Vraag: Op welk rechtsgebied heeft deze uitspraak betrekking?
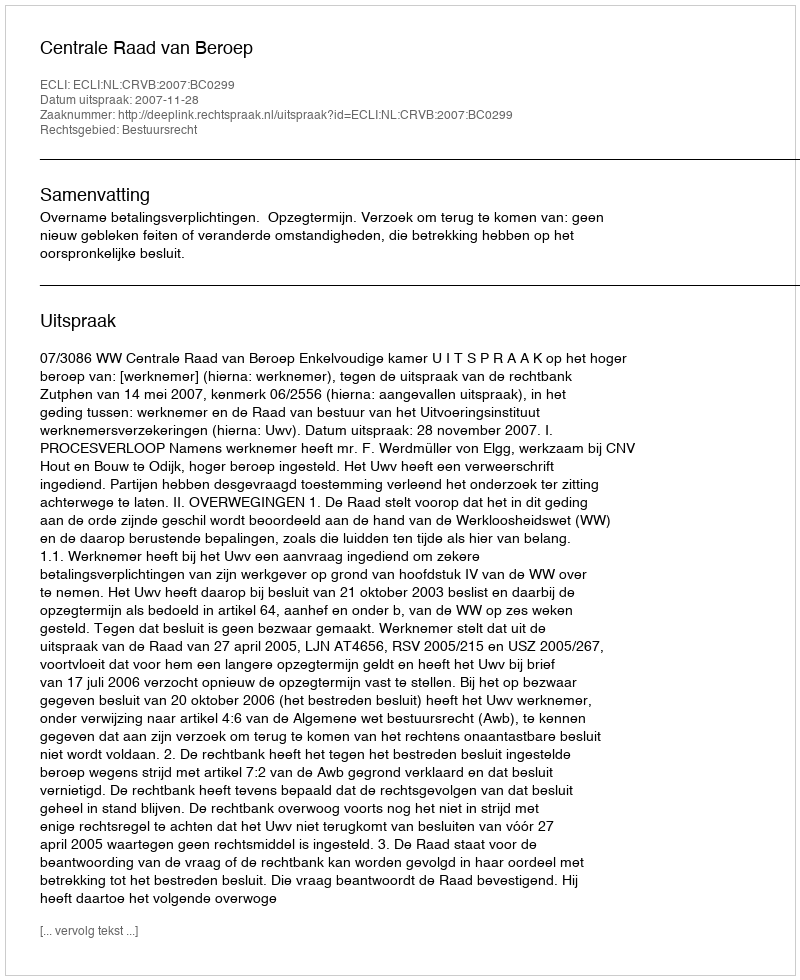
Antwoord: Bestuursrecht